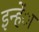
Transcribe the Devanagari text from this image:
इन्हेंा